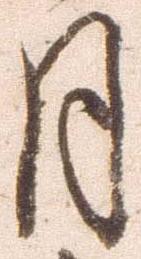
月